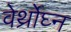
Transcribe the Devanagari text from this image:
वेर्थ्रोघ्न